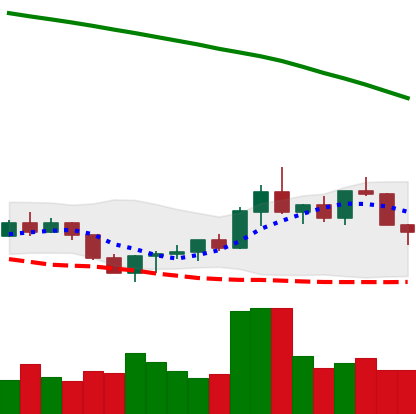
Ticker: ADA-USD
Chart end date: 2022-07-26
Forward return: 10.567%
Label: up_7plus